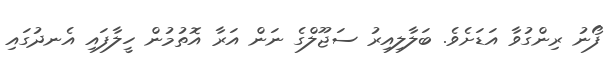
ފޯނު ރިންގުވާ އަޑަށެވެ. ބަލާލިއިރު ސަޖޫލްގެ ނަން އަރާ އޮތުމުން ހީލާފައި އެނދުގައި